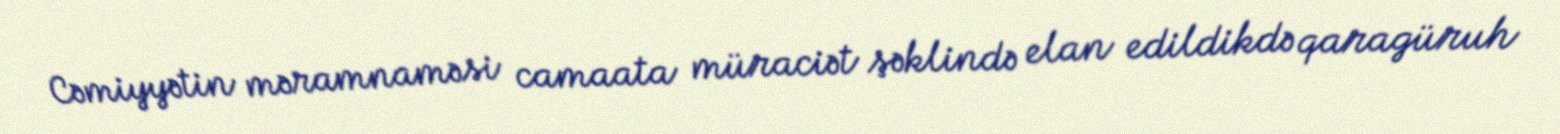
Cəmiyyətin məramnaməsi camaata müraciət şəklində elan edildikdə qaragüruh